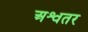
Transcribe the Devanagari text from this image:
अश्वतर